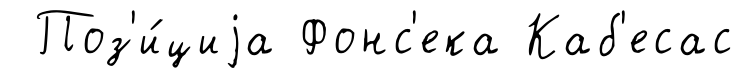
Поз'и́циjа Фонс'ека Каб'есас